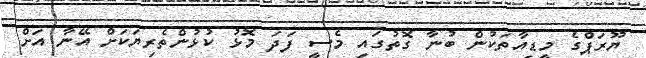
ޔޫރަޕްގެ މީޑިއާތަކުން ބުނާ ގޮތުގައި މެސީ ފަދަ މޮޅު ކުޅުންތެރިޔަކަށް އޭނާ އަށް